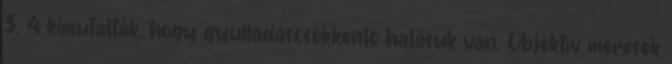
3, 4 kimutatták, hogy gyulladáscsökkentő hatásuk van. Objektív mérések